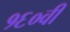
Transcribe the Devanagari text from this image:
१६०वीं